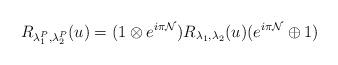
LaTeX: \begin{align*}R_{\lambda^P_1,\lambda^P_2}(u)= (1 \otimes e^{i \pi {\cal N}}) R_{\lambda_1,\lambda_2}(u)( e^{i \pi {\cal N}} \oplus 1 )\end{align*}